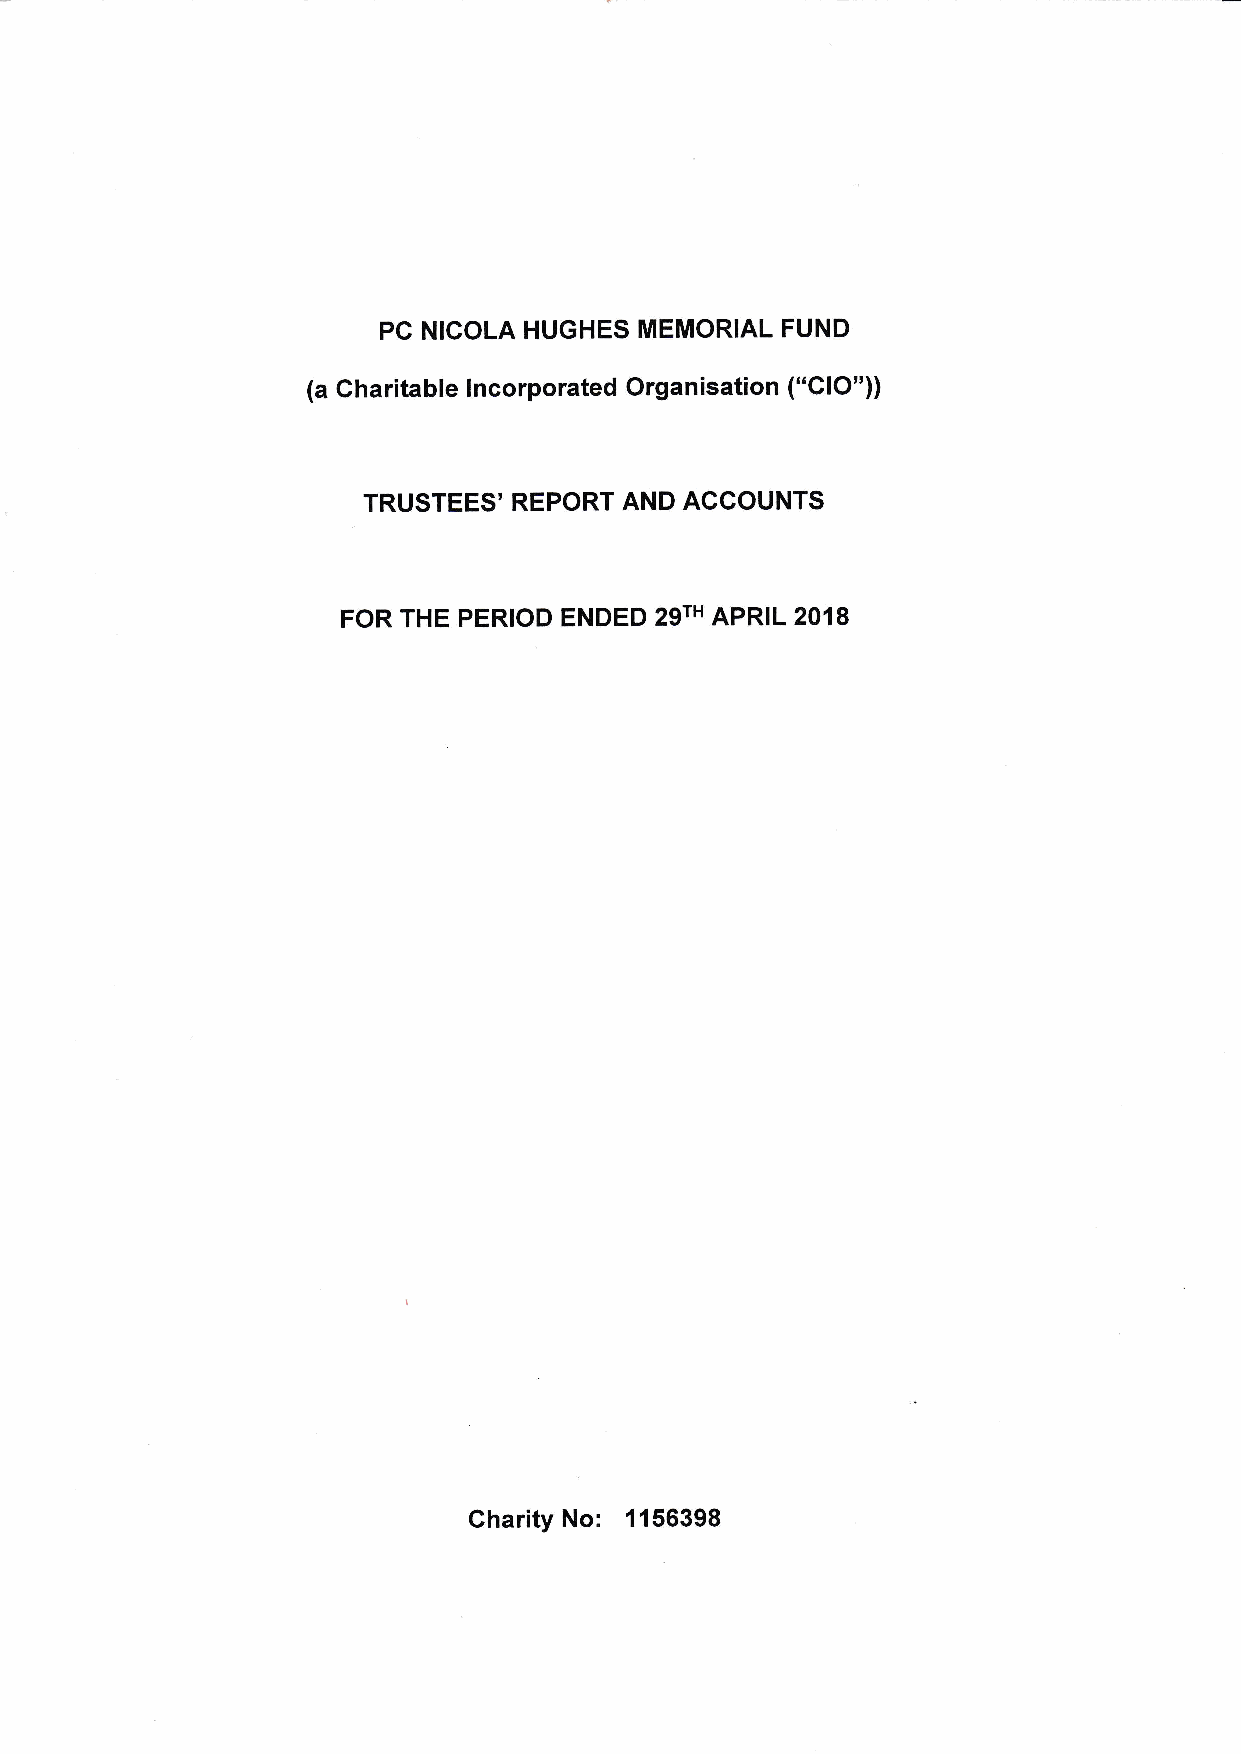
PC NICOLA HUGHES MEMORIAL  FUND
 (a Charitable lncorporated Organisation ("ClO"))
 TRUSTEES' REPORT AND AGCOUNTS
 FOR THE PERIOD ENDED 29TH APRIL 2018
 Charity No: 1156398